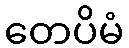
တေပိမံ